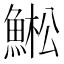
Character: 𱆳